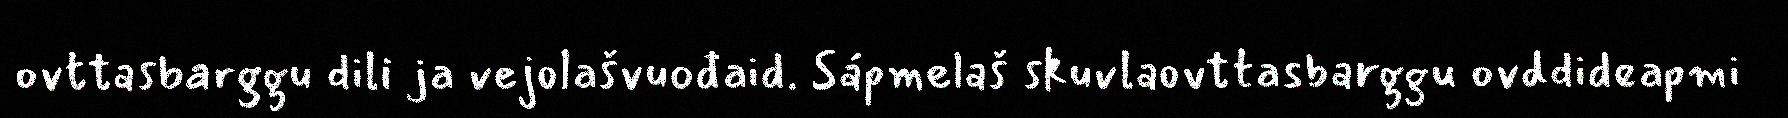
ovttasbarggu dili ja vejolašvuođaid. Sápmelaš skuvlaovttasbarggu ovddideapmi